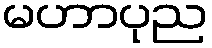
မဟာပုည